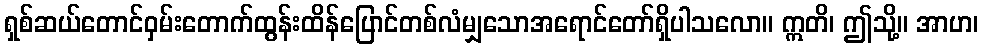
ရှစ်ဆယ်တောင်ဝှမ်းတောက်ထွန်းထိန်ပြောင်တစ်လံမျှသောအရောင်တော်ရှိပါသလော။ ဣတိ၊ ဤသို့။ အာဟ၊